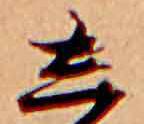
し